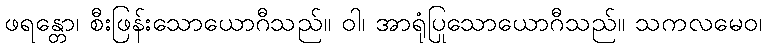
ဖရန္တော၊ စီးဖြန်းသောယောဂီသည်။ ဝါ၊ အာရုံပြုသောယောဂီသည်။ သကလမေဝ၊